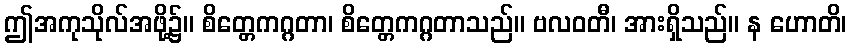
ဤအကုသိုလ်အဖို့၌။ စိတ္တေကဂ္ဂတာ၊ စိတ္တေကဂ္ဂတာသည်။ ဗလဝတီ၊ အားရှိသည်။ န ဟောတိ၊